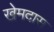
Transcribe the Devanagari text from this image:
खेमदास